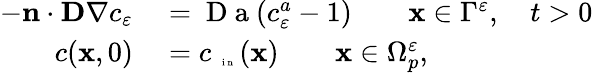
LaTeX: \begin{array}{rl}{-\mathbf n\cdot\textbf{D}\nabla c_{\varepsilon}}&{{}=\mathrm{~D~a~}(c_{\varepsilon}^{a}-1)\qquad\mathbf x\in\Gamma^{\varepsilon},\quad t>0}\\ {c(\mathbf x,0)}&{{}=c_{\mathrm{~\tiny~{~i~n~}~}}(\mathbf x)\qquad\mathbf x\in\Omega_{p}^{\varepsilon},}\end{array}